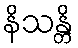
နိသန္တိ